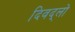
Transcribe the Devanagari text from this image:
दिवद्लो